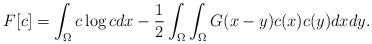
LaTeX: \begin{align*}F[c]=\int_{\Omega} c \log c dx -\frac{1}{2}\int_{\Omega}\int_{\Omega} G(x-y)c(x)c(y)dxdy.\end{align*}